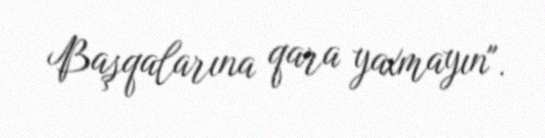
Başqalarına qara yaxmayın".